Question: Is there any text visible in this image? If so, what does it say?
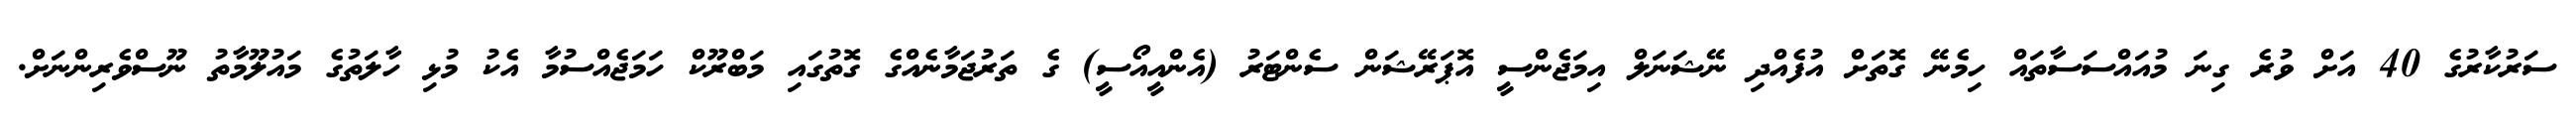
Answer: ސަރުކާރުގެ 40 އަށް ވުރެ ގިނަ މުއައްސަސާތައް ހިމެނޭ ގޮތަށް އުފެއްދި ނޭޝަނަލް އިމަޖެންސީ އޮޕަރޭޝަން ސެންޓަރު (އެންއީއޯސީ) ގެ ތަރުޖަމާނެއްގެ ގޮތުގައި މަބްރޫކް ހަމަޖެއްސުމާ އެކު މުޅި ހާލަތުގެ މައުލޫމާތު ނޫސްވެރިންނަށް.